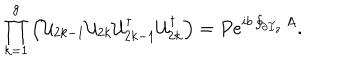
\prod _ { k = 1 } ^ { g } \left( { \cal U } _ { 2 k - 1 } { \cal U } _ { 2 k } { \cal U } _ { 2 k - 1 } ^ { \dagger } { \cal U } _ { 2 k } ^ { \dagger } \right) = P e ^ { i b \oint _ { \partial { \cal F } _ { z } } A } .